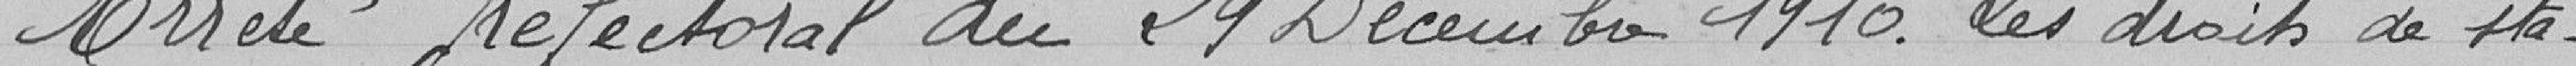
Arrêté préfectoral du 29 Décembre 1910. les droits de sta-